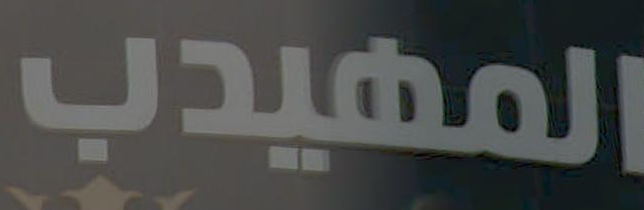
المهيدب